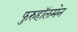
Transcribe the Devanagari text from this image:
फुरुहॉलमेन